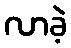
လာခဲ့